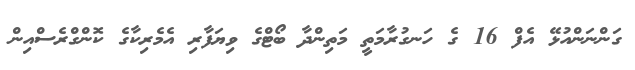
ގަންނަންއުޅޭ އެފް 16 ގެ ހަނގުރާމަތީ މަތިންދާ ބޯޓްގެ ވިޔަފާރި އެމެރިކާގެ ކޮންގްރެސްއިން